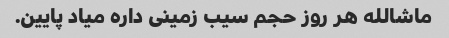
ماشالله هر روز حجم سیب زمینی داره میاد پایین.